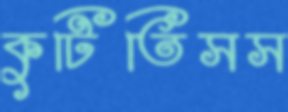
কুটিতিসস